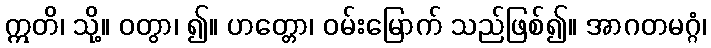
ဣတိ၊ သို့။ ဝတွာ၊ ၍။ ဟတ္တော၊ ဝမ်းမြောက် သည်ဖြစ်၍။ အာဂတမဂ္ဂံ၊